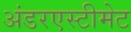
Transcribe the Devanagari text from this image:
अंडरएस्टीमेट